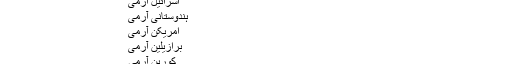
اس فوٹو میں جو درمیان میں کھڑا مسکرا رها ہے یه ہے جی ساجد
میں نے بس اس میل کو اردو میں کردیا ہے
روسی آرمی
اسرائیل آرمی
ہندوستانی آرمی
امریکن آرمی
برازیلین آرمی
کورین آرمی
چینی آرمی
اور اخر میں بہتر ترین آرمی
پاکستانی آرمی